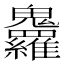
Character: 𩵇